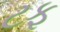
ટફ